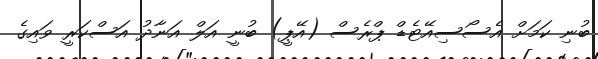
ބުނި ކަމަށް އެސޯސިއޭޓެޑް ޕްރެސް (އޭޕީ) ބުނީ އަލް އަނާދު އަސްކަރީ ވައިގެ